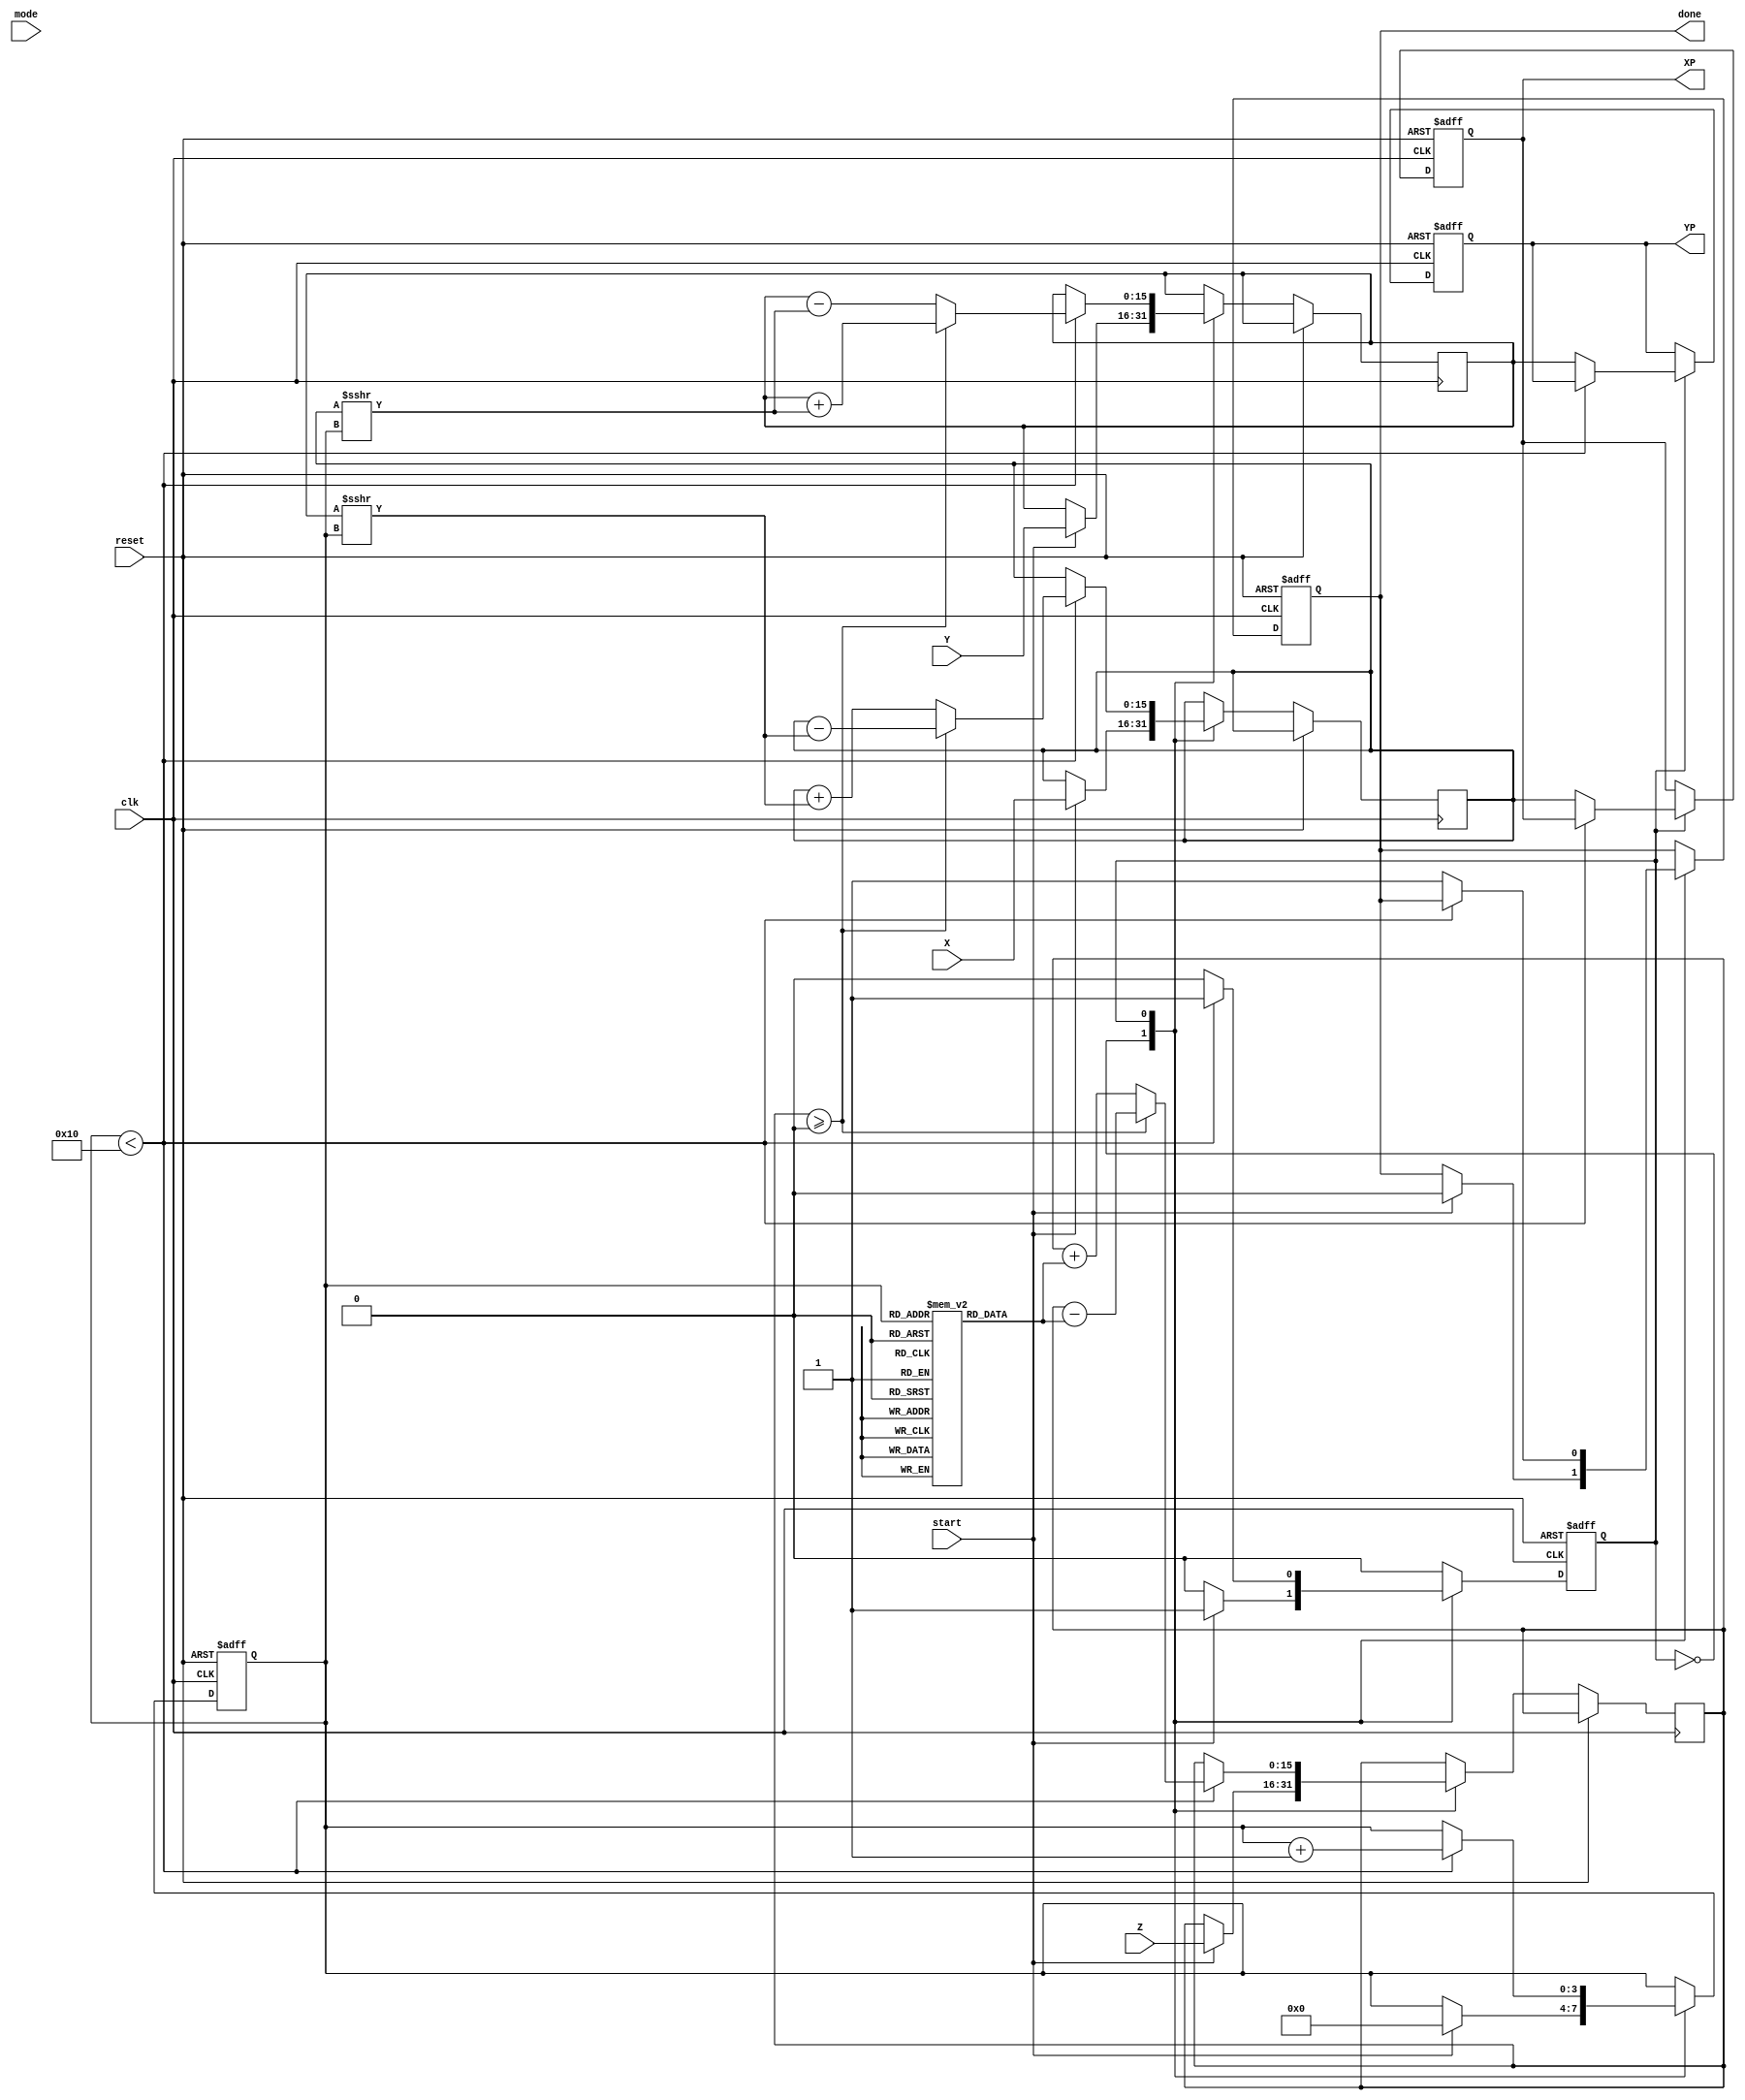
module hyperbolic_cordic (
    input wire clk,
    input wire reset,
    input wire start,
    input wire mode, // 0 for sinh/cosh, 1 for sinh/cosh
    input wire [15:0] X, // Fixed-point representation of x
    input wire [15:0] Y, // Fixed-point representation of y
    input wire [15:0] Z, // Fixed-point representation of angle
    output reg [15:0] XP, // Resultant x-coordinate
    output reg [15:0] YP, // Resultant y-coordinate
    output reg done // Completion flag
);

    // Parameters
    parameter NUM_ITERATIONS = 16; // Number of CORDIC iterations
    parameter FIXED_POINT_WIDTH = 16; // Width of fixed-point numbers

    // Internal registers
    reg [FIXED_POINT_WIDTH-1:0] x_reg, y_reg, z_reg;
    reg [FIXED_POINT_WIDTH-1:0] x_temp, y_temp, z_temp;
    reg [3:0] iteration;
    reg fsm_state; // State variable for FSM

    // FSM states
    localparam IDLE = 1'b0;
    localparam COMPUTE = 1'b1;

    // Hyperbolic arctangent table (atanh(1/(2^i)))
    reg [FIXED_POINT_WIDTH-1:0] atan_table [0:NUM_ITERATIONS-1];

    // Initialization of the arctangent table
    initial begin
        // Populate the atan_table with precomputed values for atanh(1/(2^i))
        atan_table[0] = 16'h0; // atanh(1) = 0
        atan_table[1] = 16'h1; // atanh(1/2) = 0.5
        atan_table[2] = 16'h2; // atanh(1/4) = 0.25
        // Continue filling in the table...
        // Note: Values should be replaced with actual fixed-point representations
    end

    // FSM Process
    always @(posedge clk or posedge reset) begin
        if (reset) begin
            fsm_state <= IDLE;
            XP <= 0;
            YP <= 0;
            done <= 0;
            iteration <= 0;
        end else begin
            case (fsm_state)
                IDLE: begin
                    if (start) begin
                        x_reg <= X;
                        y_reg <= Y;
                        z_reg <= Z;
                        iteration <= 0;
                        done <= 0;
                        fsm_state <= COMPUTE;
                    end
                end
                COMPUTE: begin
                    if (iteration < NUM_ITERATIONS) begin
                        // Perform CORDIC rotation
                        if (z_reg >= 0) begin
                            x_temp = x_reg - (y_reg >>> iteration);
                            y_temp = y_reg + (x_reg >>> iteration);
                            z_temp = z_reg - atan_table[iteration];
                        end else begin
                            x_temp = x_reg + (y_reg >>> iteration);
                            y_temp = y_reg - (x_reg >>> iteration);
                            z_temp = z_reg + atan_table[iteration];
                        end
                        // Update registers for next iteration
                        x_reg <= x_temp;
                        y_reg <= y_temp;
                        z_reg <= z_temp;
                        iteration <= iteration + 1;
                    end else begin
                        XP <= x_reg; // Final output
                        YP <= y_reg; // Final output
                        done <= 1;   // Set done flag
                        fsm_state <= IDLE; // Return to idle
                    end
                end
            endcase
        end
    end

endmodule